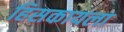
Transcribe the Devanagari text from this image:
हिसकायला